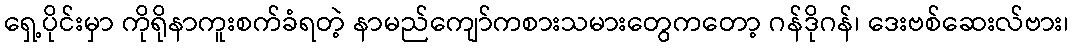
ရှေ့ပိုင်းမှာ ကိုရိုနာကူးစက်ခံရတဲ့ နာမည်ကျော်ကစားသမားတွေကတော့ ဂန်ဒိုဂန်၊ ဒေးဗစ်ဆေးလ်ဗား၊